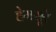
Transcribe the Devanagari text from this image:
हेमसूरे